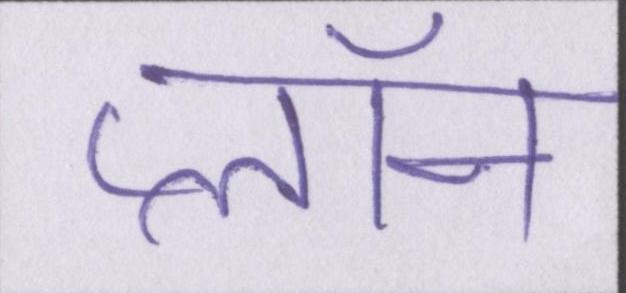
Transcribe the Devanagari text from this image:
प्लॉन